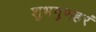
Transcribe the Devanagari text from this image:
शुभगुणहरं